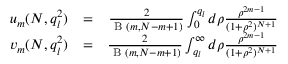
\begin{array} { r l r } { u _ { m } ( N , q _ { l } ^ { 2 } ) } & { = } & { \frac { 2 } { \textrm { B } ( m , N - m + 1 ) } \int _ { 0 } ^ { q _ { l } } d \rho \frac { \rho ^ { 2 m - 1 } } { ( 1 + \rho ^ { 2 } ) ^ { N + 1 } } } \\ { v _ { m } ( N , q _ { l } ^ { 2 } ) } & { = } & { \frac { 2 } { \textrm { B } ( m , N - m + 1 ) } \int _ { q _ { l } } ^ { \infty } d \rho \frac { \rho ^ { 2 m - 1 } } { ( 1 + \rho ^ { 2 } ) ^ { N + 1 } } } \end{array}